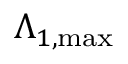
\Lambda _ { 1 , \mathrm { { m a x } } }